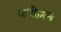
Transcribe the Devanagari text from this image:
करोज़न